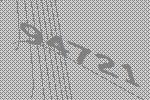
94721